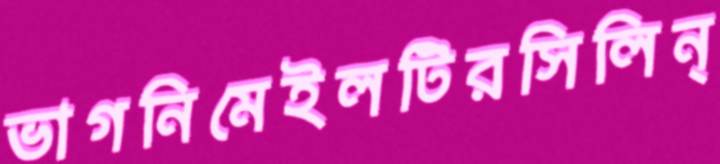
ভাগনিমেইলটিরসিলিন্